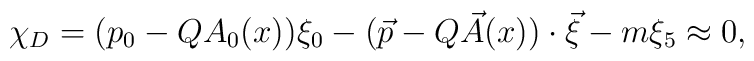
\chi _D =(p_{0}-QA_{0}(x))\xi _{0}-(\vec{p}-Q\vec{A}(x))\cdot \vec{\xi}-m\xi_{5}\approx 0,